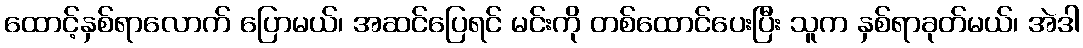
ထောင့်နှစ်ရာလောက် ပြောမယ်၊ အဆင်ပြေရင် မင်းကို တစ်ထောင်ပေးပြီး သူက နှစ်ရာခုတ်မယ်၊ အဲဒါ